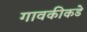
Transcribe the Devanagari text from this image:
गावकीकडे